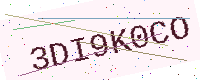
Text: 3DI9K0CO